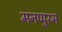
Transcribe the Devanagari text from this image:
मनप्पुरम